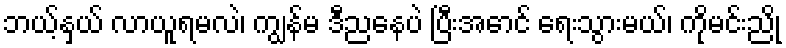
ဘယ့်နှယ် လာယူရမလဲ၊ ကျွန်မ ဒီညနေပဲ ပြီးအောင် ရေးသွားမယ်၊ ကိုမင်းညို